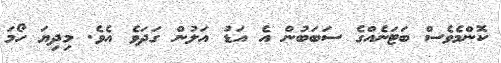
ކޮންމެވެސް ބަޓަނެއްގެ ސަބަބުން އެ އަޑު އަލުން ގަދަވެ އެވެ. މިދިޔަ ހޯމަ